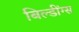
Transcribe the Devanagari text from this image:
बिल्डींग्स